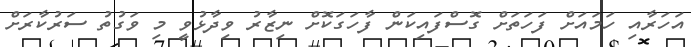
އަހަރާއި ހަމައަށް ފަހަތަށް ގޮސްފައިކަން ފާހަގަކޮށް ނިޒާރު ވިދާޅުވީ މި ވަގުތު ސަރުކާރަށް